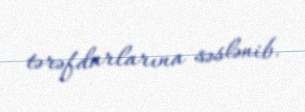
tərəfdarlarına səslənib.